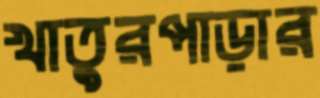
খাতুরপাড়ার